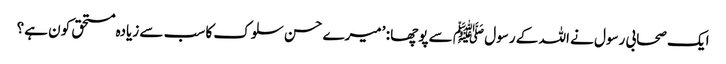
ایک صحابی رسول نے اللہ کے رسول ﷺ سے پوچھا : ’میرے حسن سلوک کا سب سے زیادہ مستحق کون ہے؟